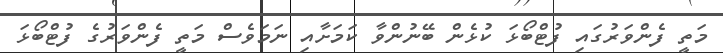
މަތީ ފެންވަރުގައި ފުޓްބޯޅަ ކުޅެން ބޭނުންވާ ކަމަށާއި ނަމަވެސް މަތީ ފެންވަރުގެ ފުޓްބޯޅަ